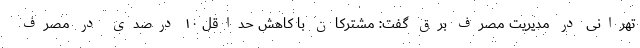
تهرانی در مدیریت مصرف برق گفت: مشترکان با کاهش حداقل ۱۰ درصدی در مصرف